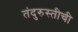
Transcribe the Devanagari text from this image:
तंदुरुस्तीची